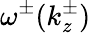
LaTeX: \omega^{\pm}(k_{z}^{\pm})